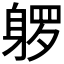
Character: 𰸿